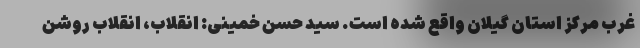
غرب مرکز استان گیلان واقع شده است. سید حسن خمینی: انقلاب، انقلاب روشن